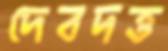
দেবদত্ত